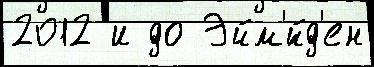
2012 и до Эйм'́йд'ен